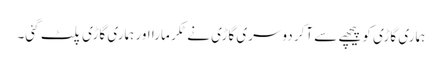
ہماری گاڑی کو پیچھے سے آکر دوسری گاڑی نے ٹکر مارا اور ہماری گاڑی پلٹ گئی۔